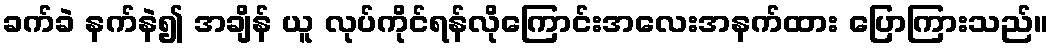
ခက်ခဲ နက်နဲ၍ အချိန် ယူ လုပ်ကိုင်ရန်လိုကြောင်းအလေးအနက်ထား ပြောကြားသည်။